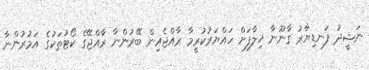
ނަޝީދު ފަނޑިޔާރު ގާނޫނާ ޚިލާފަށް ހައްޔަރުކުރީމާ ރާއްޖެއިން ބޭރުންނާ ރާއްޖޭގެ ކޯޓުތަކުގެ އަމުރުންނާ